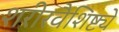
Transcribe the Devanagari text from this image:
शरीरवैशिष्ट्ये